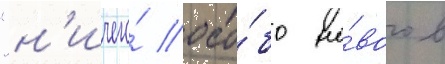
"н'ичего́ осо́бо но́вого в